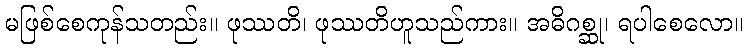
မဖြစ်စေကုန်သတည်း။ ဖုဿတိ၊ ဖုဿတိဟူသည်ကား။ အဓိဂစ္ဆု၊ ရပါစေလော။